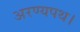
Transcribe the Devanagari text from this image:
अरण्यपथ।